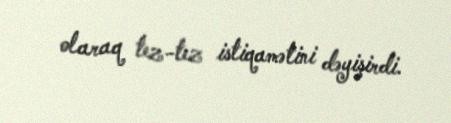
olaraq tez-tez istiqamətini dəyişirdi.